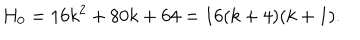
LaTeX: H _ { 0 } = 1 6 k ^ { 2 } + 8 0 k + 6 4 = 1 6 ( k + 4 ) ( k + 1 ) .